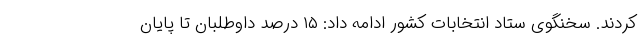
کردند. سخنگوی ستاد انتخابات کشور ادامه داد: ۱۵ درصد داوطلبان تا پایان